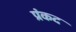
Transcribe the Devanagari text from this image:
प्रंकद